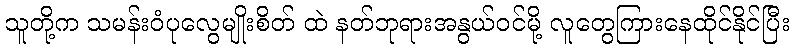
သူတို့က သမန်းဝံပုလွေမျိုးစိတ် ထဲ နတ်ဘုရားအနွယ်ဝင်မို့ လူတွေကြားနေထိုင်နိုင်ပြီး